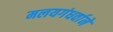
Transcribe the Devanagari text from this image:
मलयगंधर्वाने